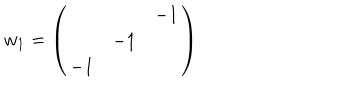
LaTeX: w _ { 1 } = \left( \begin{array} { c c c } { { } } & { { } } & { { - 1 } } \\ { { } } & { { - 1 } } & { { } } \\ { { - 1 } } & { { } } & { { } } \\ \end{array} \right)